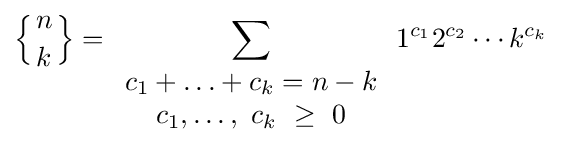
\left\{{n \atop k}\right\}=\sum _{\begin{array}{c}c_{1}+\ldots +c_{k}=n-k\\c_{1},\ldots ,\ c_{k}\ \geq \ 0\end{array}}1^{c_{1}}2^{c_{2}}\cdots k^{c_{k}}